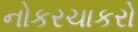
નોકરચાકરો